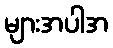
များအပါအ